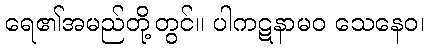
ရေ၏အမည်တို့တွင်။ ပါကဋနာမဝ သေနေဝ၊